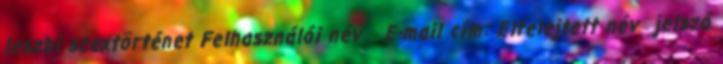
leszbi szextörténet Felhasználói név E-mail cím: Elfelejtett név jelszó